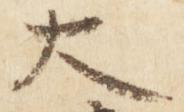
大